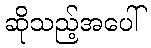
ဆိုသည့်အပေါ်